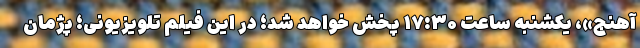
آهنج»، یکشنبه ساعت ۱۷:۳۰ پخش خواهد شد؛ در این فیلم تلویزیونی؛ پژمان